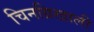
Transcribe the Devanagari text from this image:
चिनग्रिखाली